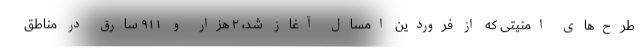
طرح‌های امنیتی که از فروردین امسال آغاز شد، ۲ هزار و ۹۱۱ سارق در مناطق